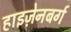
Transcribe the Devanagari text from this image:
हाइज़ेनबर्ग